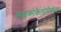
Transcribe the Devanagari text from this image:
माइक्रोकैलोरीमीटर